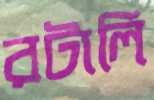
রটালি